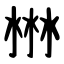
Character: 㴇